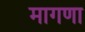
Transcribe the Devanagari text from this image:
मागणा